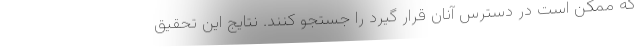
که ممکن است در دسترس آنان قرار گیرد را جستجو کنند. نتایج این تحقیق